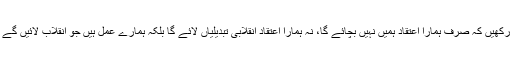
ہمیشہ یاد رکھیں کہ صرف ہمارا اعتقاد ہمیں نہیں بچائے گا، نہ ہمارا اعتقاد انقلابی تبدیلیاں لائے گا بلکہ ہمارے عمل ہیں جو انقلاب لائیں گے انشاء اللہ۔